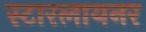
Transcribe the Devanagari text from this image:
स्टारलायनर